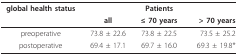
<table><thead><tr><td><b>global health status</b></td><td></td><td><b>Patients</b></td><td></td></tr><tr><td></td><td><b>all</b></td><td><b>≤ 70 years</b></td><td><b>&gt; 70 years</b></td></tr></thead><tbody><tr><td>preoperative</td><td>73.8 ± 22.6</td><td>73.8 ± 22.5</td><td>73.5 ± 25.2</td></tr><tr><td>postoperative</td><td>69.4 ± 17.1</td><td>69.7 ± 16.0</td><td>69.3 ± 19.8*</td></tr></tbody></table>